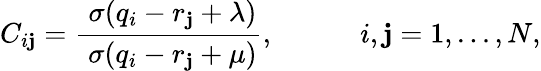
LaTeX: C_{i\mathbf{j}}=\frac{{\; \sigma(q_{i}-r_{\mathbf{j}}+\lambda)}}{{\; \sigma(q_{i}-r_{\mathbf{j}}+\mu)}},\mathrm{{~\ \ \ \ \ \ \ \ \ \ ~}}i,\mathbf{j}=1,...,N,